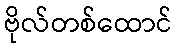
ဗိုလ်တစ်ထောင်